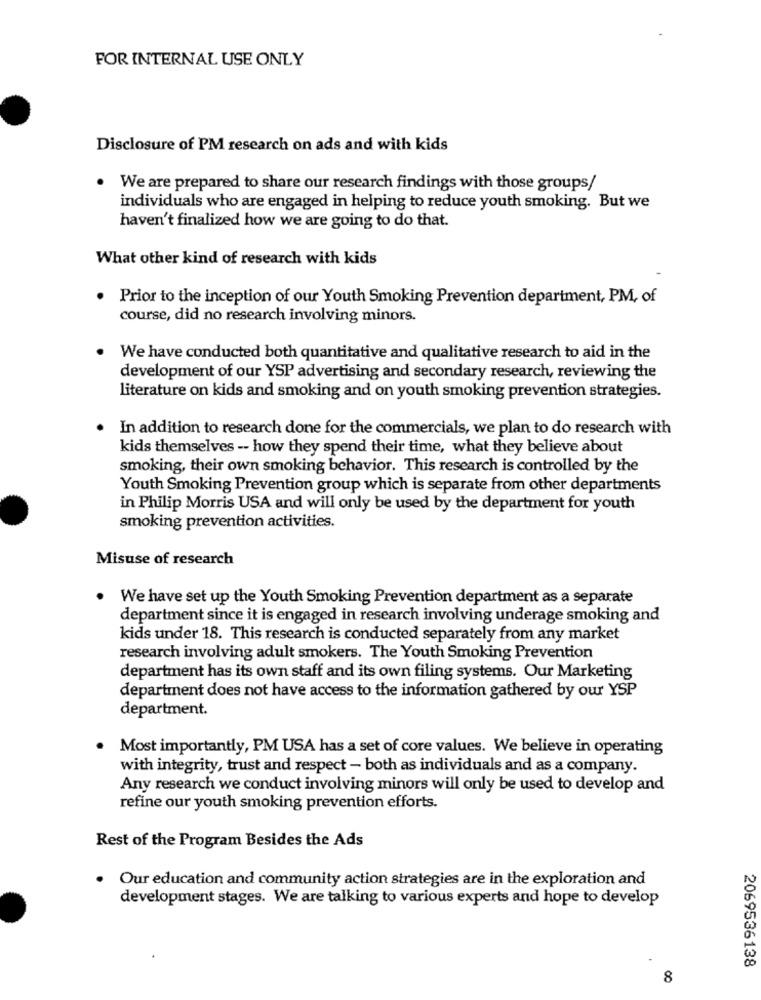
FOR INTERNAL USE ONLY
Disclosure of PM research on ads and with kids
. We are prepared to share our research findings with those groups/
individuals who are engaged in helping to reduce youth smoking. But we
haven't finalized how we are going to do that.
What other kind of research with kids
Prior to the inception of our Youth Smoking Prevention department, PM, of
course, did no research involving minors.
We have conducted both quantitative and qualitative research to aid in the
development of our YSP advertising and secondary research, reviewing the
literature on kids and smoking and on youth smoking prevention strategies.
In addition to research done for the commercials, we plan to do research with
kids themselves -- how they spend their time, what they believe about
smoking, their own smoking behavior. This research is controlled by the
Youth Smoking Prevention group which is separate from other departments
in Philip Morris USA and will only be used by the department for youth
smoking prevention activities.
Misuse of research
We have set up the Youth Smoking Prevention department as a separate
department since it is engaged in research involving underage smoking and
kids under 18. This research is conducted separately from any market
research involving adult smokers. The Youth Smoking Prevention
department has its own staff and its own filing systems. Our Marketing
department does not have access to the information gathered by our YSP
department.
. Most importantly, PM USA has a set of core values. We believe in operating
with integrity, trust and respect - both as individuals and as a company.
Any research we conduct involving minors will only be used to develop and
refine our youth smoking prevention efforts.
Rest of the Program Besides the Ads
Our education and community action strategies are in the exploration and
development stages. We are talking to various experts and hope to develop
2069536138
8